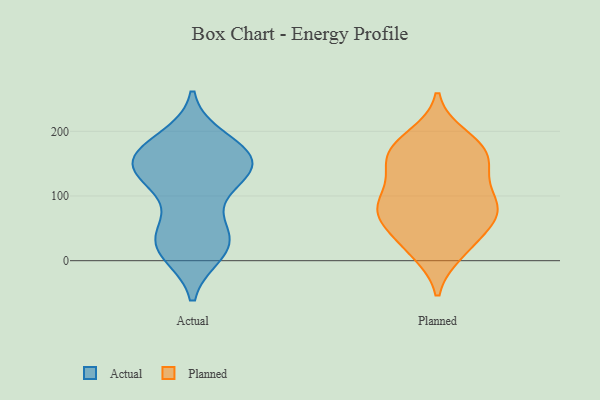
{"axis": {"x": "Backlog", "y": "Value"}, "legend": ["Actual", "Planned"], "data": [{"x": "", "y": 172, "type": "Actual"}, {"x": "", "y": 110, "type": "Actual"}, {"x": "", "y": 126, "type": "Actual"}, {"x": "", "y": 171, "type": "Actual"}, {"x": "", "y": 151, "type": "Actual"}, {"x": "", "y": 24, "type": "Actual"}, {"x": "", "y": 186, "type": "Actual"}, {"x": "", "y": 140, "type": "Actual"}, {"x": "", "y": 152, "type": "Actual"}, {"x": "", "y": 34, "type": "Actual"}, {"x": "", "y": 135, "type": "Actual"}, {"x": "", "y": 47, "type": "Actual"}, {"x": "", "y": 156, "type": "Actual"}, {"x": "", "y": 156, "type": "Actual"}, {"x": "", "y": 20, "type": "Actual"}, {"x": "", "y": 34, "type": "Actual"}, {"x": "", "y": 14, "type": "Actual"}, {"x": "", "y": 78, "type": "Planned"}, {"x": "", "y": 185, "type": "Planned"}, {"x": "", "y": 18, "type": "Planned"}, {"x": "", "y": 66, "type": "Planned"}, {"x": "", "y": 192, "type": "Planned"}, {"x": "", "y": 13, "type": "Planned"}, {"x": "", "y": 166, "type": "Planned"}, {"x": "", "y": 67, "type": "Planned"}, {"x": "", "y": 80, "type": "Planned"}, {"x": "", "y": 153, "type": "Planned"}, {"x": "", "y": 89, "type": "Planned"}, {"x": "", "y": 58, "type": "Planned"}, {"x": "", "y": 107, "type": "Planned"}, {"x": "", "y": 84, "type": "Planned"}, {"x": "", "y": 120, "type": "Planned"}, {"x": "", "y": 168, "type": "Planned"}, {"x": "", "y": 159, "type": "Planned"}, {"x": "", "y": 27, "type": "Planned"}, {"x": "", "y": 148, "type": "Planned"}]}